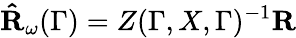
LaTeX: \mathbf{\hat{R}}_{\omega}(\Gamma)=Z(\Gamma,X,\Gamma)^{-1}\mathbf{R}